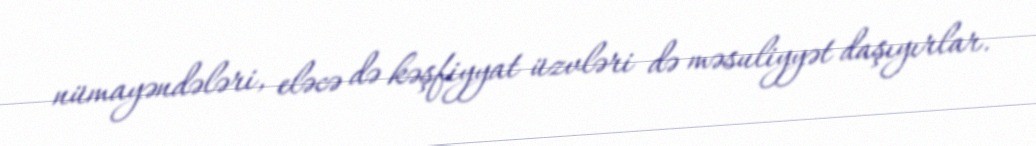
nümayəndələri, eləcə də kəşfiyyat üzvləri də məsuliyyət daşıyırlar.